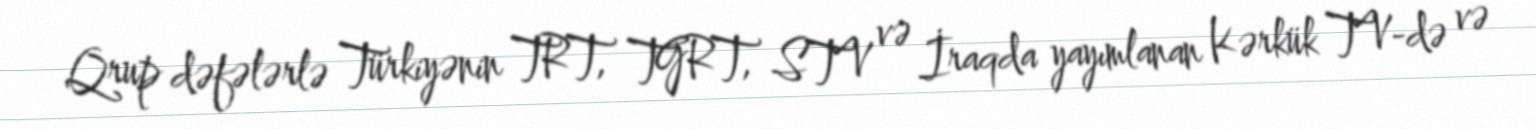
Qrup dəfələrlə Türkiyənin TRT, TGRT, STV və İraqda yayımlanan Kərkük TV-də və